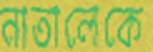
নাতালেকে